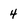
Character: 4